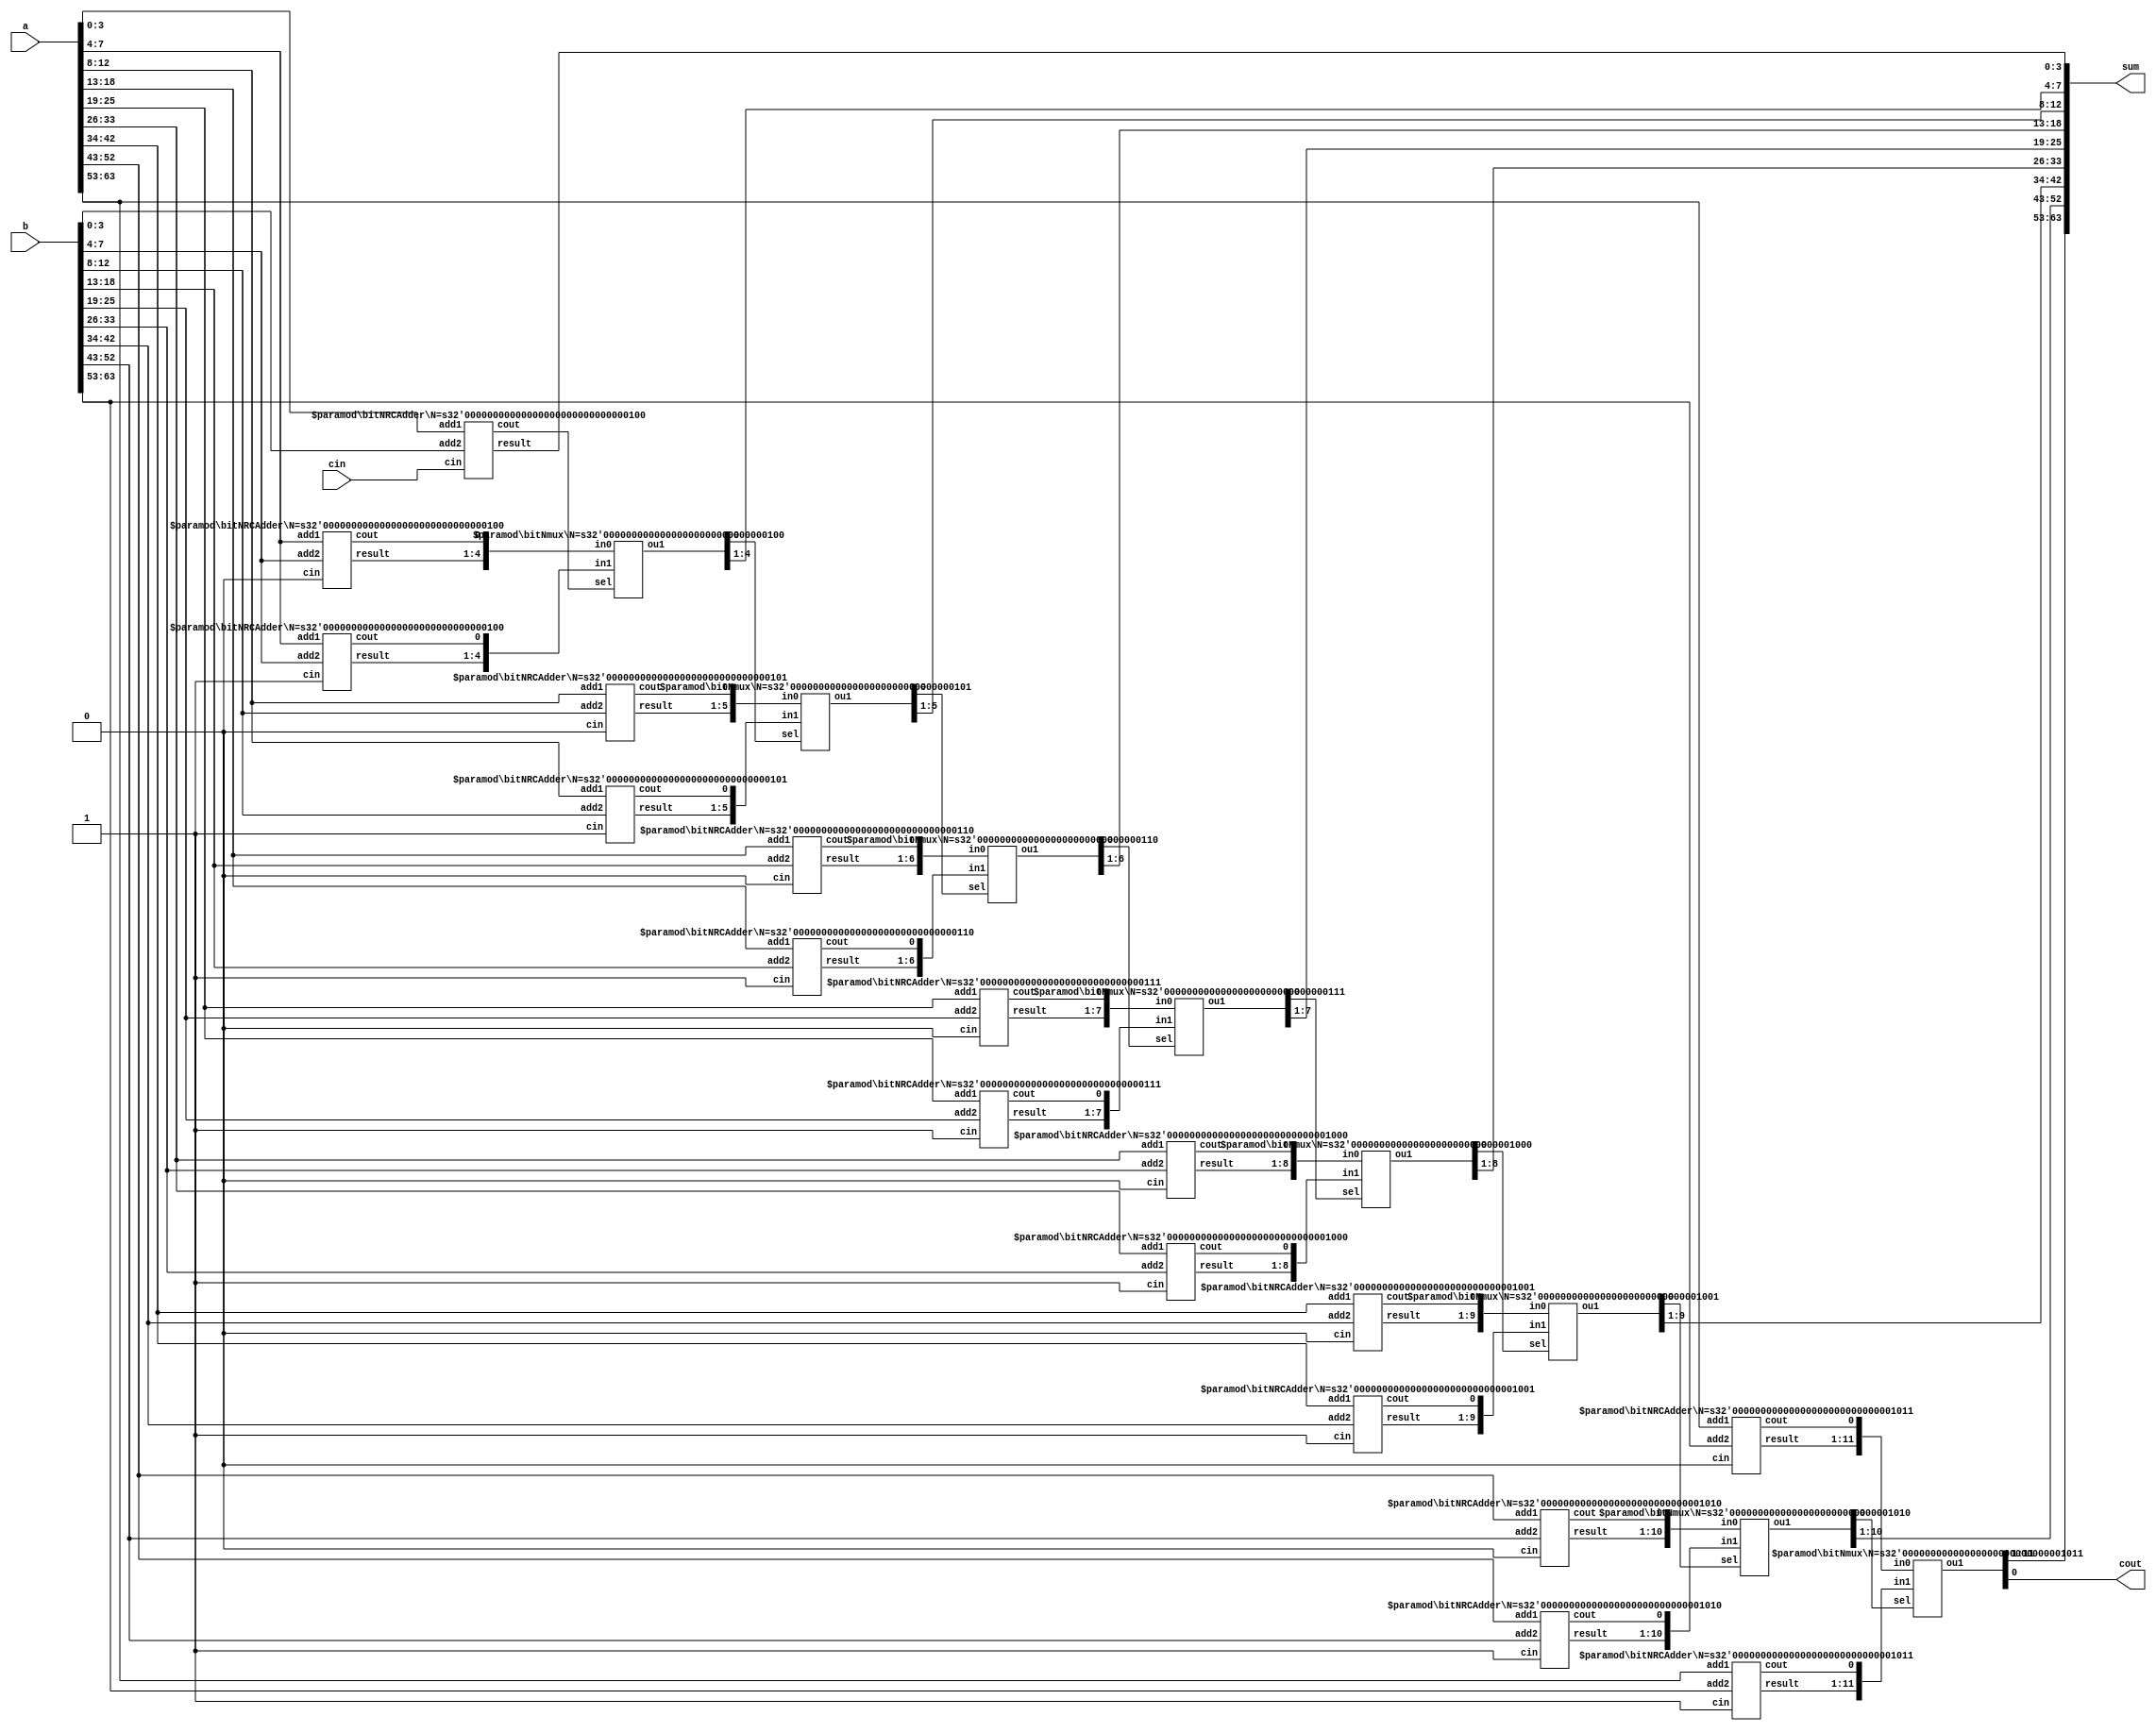
// =============================================================================
// Affiliation: Hong Kong University of Science and Technology
// -----------------------------------------------------------------------------
// This file implements a Square Root 64-bit Carry-Select (CSL) adder.
// =============================================================================


// ----------------------------------------------------
// Part I: 64-bit CSL adder
// ----------------------------------------------------
// TODO: please implement 64-bit CSL adder here, with 4bit 1st-stage.
module csla_64bit(
	input wire	[63:0]	a,		// operator 1
	input wire	[63:0]	b, 		// operator 2
	input wire			cin, 	// carry in

	output wire	[63:0]	sum,	// sum
	output wire			cout	// carry out
);

wire [8*2-1:0] mid_c;  //guessed carries out: 18 bits as there are 8 next_stage_mux with 2 inputs
wire [127-8:0] mid_sum;   // guessed sum: 120 bits as 8 bits in first stage are neglected 
wire [8:0] selected_c; // selected carries out: 9 bits as there are 9 stages
wire [64-1:0] selected_sum; // selected sum

bitNRCAdder #(.N(4)) bitNRCAdder1_i1(.add1(a[3:0]),.add2(b[3:0]),.cin(cin),.result(selected_sum[3:0]),.cout(selected_c[0])); //.result(mid_sum[3:0]) -> .result(selected_sum[3:0])

bitNRCAdder #(.N(4)) bitNRCAdder1_i2(.add1(a[7:4]),.add2(b[7:4]),.cin(1'b0),.result(mid_sum[3:0]),.cout(mid_c[0])); //For upper FA: Cin=0
bitNRCAdder #(.N(4)) bitNRCAdder2_i2(.add1(a[7:4]),.add2(b[7:4]),.cin(1'b1),.result(mid_sum[7:4]),.cout(mid_c[1]));	//For lower FA: Cin=1
bitNmux 	#(.N(4)) bitNmux_i2(.in0({mid_sum[3:0],mid_c[0]}),.in1({mid_sum[7:4],mid_c[1]}),.sel(selected_c[0]),.ou1({selected_sum[7:4],selected_c[1]})); // 1st input:sum_mux, 2nd input:next_stage_mux

bitNRCAdder #(.N(5)) bitNRCAdder1_i3(.add1(a[12:8]),.add2(b[12:8]),.cin(1'b0),.result(mid_sum[12:8]),.cout(mid_c[2]));
bitNRCAdder #(.N(5)) bitNRCAdder2_i3(.add1(a[12:8]),.add2(b[12:8]),.cin(1'b1),.result(mid_sum[17:13]),.cout(mid_c[3]));
bitNmux 	#(.N(5)) bitNmux_i3(.in0({mid_sum[12:8],mid_c[2]}),.in1({mid_sum[17:13],mid_c[3]}),.sel(selected_c[1]),.ou1({selected_sum[12:8],selected_c[2]}));

bitNRCAdder #(.N(6)) bitNRCAdder1_i4(.add1(a[18:13]),.add2(b[18:13]),.cin(1'b0),.result(mid_sum[23:18]),.cout(mid_c[4]));
bitNRCAdder #(.N(6)) bitNRCAdder2_i4(.add1(a[18:13]),.add2(b[18:13]),.cin(1'b1),.result(mid_sum[29:24]),.cout(mid_c[5]));
bitNmux 	#(.N(6)) bitNmux_i4(.in0({mid_sum[23:18],mid_c[4]}),.in1({mid_sum[29:24],mid_c[5]}),.sel(selected_c[2]),.ou1({selected_sum[18:13],selected_c[3]}));

bitNRCAdder #(.N(7)) bitNRCAdder1_i5(.add1(a[25:19]),.add2(b[25:19]),.cin(1'b0),.result(mid_sum[36:30]),.cout(mid_c[6]));
bitNRCAdder #(.N(7)) bitNRCAdder2_i5(.add1(a[25:19]),.add2(b[25:19]),.cin(1'b1),.result(mid_sum[43:37]),.cout(mid_c[7]));
bitNmux 	#(.N(7)) bitNmux_i5(.in0({mid_sum[36:30],mid_c[6]}),.in1({mid_sum[43:37],mid_c[7]}),.sel(selected_c[3]),.ou1({selected_sum[25:19],selected_c[4]}));

bitNRCAdder #(.N(8)) bitNRCAdder1_i6(.add1(a[33:26]),.add2(b[33:26]),.cin(1'b0),.result(mid_sum[51:44]),.cout(mid_c[8]));
bitNRCAdder #(.N(8)) bitNRCAdder2_i6(.add1(a[33:26]),.add2(b[33:26]),.cin(1'b1),.result(mid_sum[59:52]),.cout(mid_c[9]));
bitNmux 	#(.N(8)) bitNmux_i6(.in0({mid_sum[51:44],mid_c[8]}),.in1({mid_sum[59:52],mid_c[9]}),.sel(selected_c[4]),.ou1({selected_sum[33:26],selected_c[5]}));

bitNRCAdder #(.N(9)) bitNRCAdder1_i7(.add1(a[42:34]),.add2(b[42:34]),.cin(1'b0),.result(mid_sum[68:60]),.cout(mid_c[10]));
bitNRCAdder #(.N(9)) bitNRCAdder2_i7(.add1(a[42:34]),.add2(b[42:34]),.cin(1'b1),.result(mid_sum[77:69]),.cout(mid_c[11]));
bitNmux 	#(.N(9)) bitNmux_i7(.in0({mid_sum[68:60],mid_c[10]}),.in1({mid_sum[77:69],mid_c[11]}),.sel(selected_c[5]),.ou1({selected_sum[42:34],selected_c[6]}));

bitNRCAdder #(.N(10)) bitNRCAdder1_i8(.add1(a[52:43]),.add2(b[52:43]),.cin(1'b0),.result(mid_sum[87:78]),.cout(mid_c[12]));
bitNRCAdder #(.N(10)) bitNRCAdder2_i8(.add1(a[52:43]),.add2(b[52:43]),.cin(1'b1),.result(mid_sum[97:88]),.cout(mid_c[13]));
bitNmux 	#(.N(10)) bitNmux_i8(.in0({mid_sum[87:78],mid_c[12]}),.in1({mid_sum[97:88],mid_c[13]}),.sel(selected_c[6]),.ou1({selected_sum[52:43],selected_c[7]}));

bitNRCAdder #(.N(11)) bitNRCAdder1_i9(.add1(a[63:53]),.add2(b[63:53]),.cin(1'b0),.result(mid_sum[108:98]),.cout(mid_c[14]));
bitNRCAdder #(.N(11)) bitNRCAdder2_i9(.add1(a[63:53]),.add2(b[63:53]),.cin(1'b1),.result(mid_sum[119:109]),.cout(mid_c[15]));
bitNmux 	#(.N(11)) bitNmux_i9(.in0({mid_sum[108:98],mid_c[14]}),.in1({mid_sum[119:109],mid_c[15]}),.sel(selected_c[7]),.ou1({selected_sum[63:53],selected_c[8]}));

assign cout = selected_c[8]; //cout=Last_stage_mux_out
assign sum = selected_sum;	//sum=sum_of_all_lower_mux_out

endmodule

// ----------------------------------------------------


// ----------------------------------------------------
// Part II: 16-bit Square Root CSL adder
// ----------------------------------------------------
module csla_16bit(
	input wire	[15:0]	a,		// operator 1
	input wire	[15:0]	b, 		// operator 2
	input wire			cin, 	// carry in

	output wire	[15:0]	sum,	// sum
	output wire			cout	// carry out
);

	 
wire [4*2-1:0] mid_c;  //guessed carries out
wire [31:0] mid_sum;   // guessed sum
wire [4:0] selected_c; // selected carries out
wire [16-1:0] selected_sum; // selected sum


bitNRCAdder #(.N(2)) bitNRCAdder1_i1(.add1(a[1:0]),.add2(b[1:0]),.cin(cin),.result(selected_sum[1:0]),.cout(selected_c[0]));

bitNRCAdder #(.N(2)) bitNRCAdder1_i2(.add1(a[3:2]),.add2(b[3:2]),.cin(1'b0),.result(mid_sum[5:4]),.cout(mid_c[0]));
bitNRCAdder #(.N(2)) bitNRCAdder2_i2(.add1(a[3:2]),.add2(b[3:2]),.cin(1'b1),.result(mid_sum[7:6]),.cout(mid_c[1]));
bitNmux 	#(.N(2)) bitNmux_i2(.in0({mid_sum[5:4],mid_c[0]}),.in1({mid_sum[7:6],mid_c[1]}),.sel(selected_c[0]),.ou1({selected_sum[3:2],selected_c[1]}));

bitNRCAdder #(.N(3)) bitNRCAdder1_i3(.add1(a[6:4]),.add2(b[6:4]),.cin(1'b0),.result(mid_sum[10:8]),.cout(mid_c[2]));
bitNRCAdder #(.N(3)) bitNRCAdder2_i3(.add1(a[6:4]),.add2(b[6:4]),.cin(1'b1),.result(mid_sum[13:11]),.cout(mid_c[3]));
bitNmux 	#(.N(3)) bitNmux_i3(.in0({mid_sum[10:8],mid_c[2]}),.in1({mid_sum[13:11],mid_c[3]}),.sel(selected_c[1]),.ou1({selected_sum[6:4],selected_c[2]}));

bitNRCAdder #(.N(4)) bitNRCAdder1_i4(.add1(a[10:7]),.add2(b[10:7]),.cin(1'b0),.result(mid_sum[17:14]),.cout(mid_c[4]));
bitNRCAdder #(.N(4)) bitNRCAdder2_i4(.add1(a[10:7]),.add2(b[10:7]),.cin(1'b1),.result(mid_sum[21:18]),.cout(mid_c[5]));
bitNmux 	#(.N(4)) bitNmux_i4(.in0({mid_sum[17:14],mid_c[4]}),.in1({mid_sum[21:18],mid_c[5]}),.sel(selected_c[2]),.ou1({selected_sum[10:7],selected_c[3]}));

bitNRCAdder #(.N(5)) bitNRCAdder1_i5(.add1(a[15:11]),.add2(b[15:11]),.cin(1'b0),.result(mid_sum[26:22]),.cout(mid_c[6]));
bitNRCAdder #(.N(5)) bitNRCAdder2_i5(.add1(a[15:11]),.add2(b[15:11]),.cin(1'b1),.result(mid_sum[31:27]),.cout(mid_c[7]));
bitNmux 	#(.N(5)) bitNmux_i5(.in0({mid_sum[26:22],mid_c[6]}),.in1({mid_sum[31:27],mid_c[7]}),.sel(selected_c[3]),.ou1({selected_sum[15:11],selected_c[4]}));

assign cout = selected_c[4];
assign sum = selected_sum;

endmodule
// ----------------------------------------------------
// Part III: N-bit Ripple Carry Adder by generator
// ----------------------------------------------------
module bitNRCAdder #(parameter N = 4) (

  input wire  [N-1:0]         add1,      //adder1
  input wire  [N-1:0]         add2,      //adder2
  input wire 			   cin,          //carry input

  output wire  [N-1:0]         result,   //sum
  output wire              cout          //carry output
);

wire [N-1:0] p,g; //internal variables
wire [N:0] c_mid; //carry

assign p = add1^add2;
assign g = add1&add2;

genvar i;
generate
	for(i=0;i<N;i=i+1) begin: block
	bit1adder bit1adder_module(.g(g[i]),.p(p[i]),.cin(c_mid[i]),.outbit(result[i]),.count(c_mid[i+1]));
	end
endgenerate

assign c_mid[0] = cin;
assign cout = c_mid[N];

endmodule
// ----------------------------------------------------
// Part IV: N-bit multiplexer
// ----------------------------------------------------
module bitNmux #(parameter N = 5) (
input wire [N:0] in0,in1, // 2-way inputs
input wire sel,             // select

output reg [N:0] ou1      //outputs
);

always@(*) begin
case (sel)
	1'b0:ou1 = in0;
	1'b1:ou1 = in1;
endcase
end

endmodule

// ----------------------------------------------------
// Part V: 1-bit Full Adder
// ----------------------------------------------------
module bit1adder(
input wire g,  // generate
input wire p,  // propagate
input wire cin,  // carry in

output wire outbit, // outbit
output wire count // carry out
);

assign outbit = p^cin; //p xor cin
assign count = g|(cin&p); //g + (cin * p)

endmodule